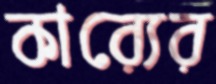
কার্যের